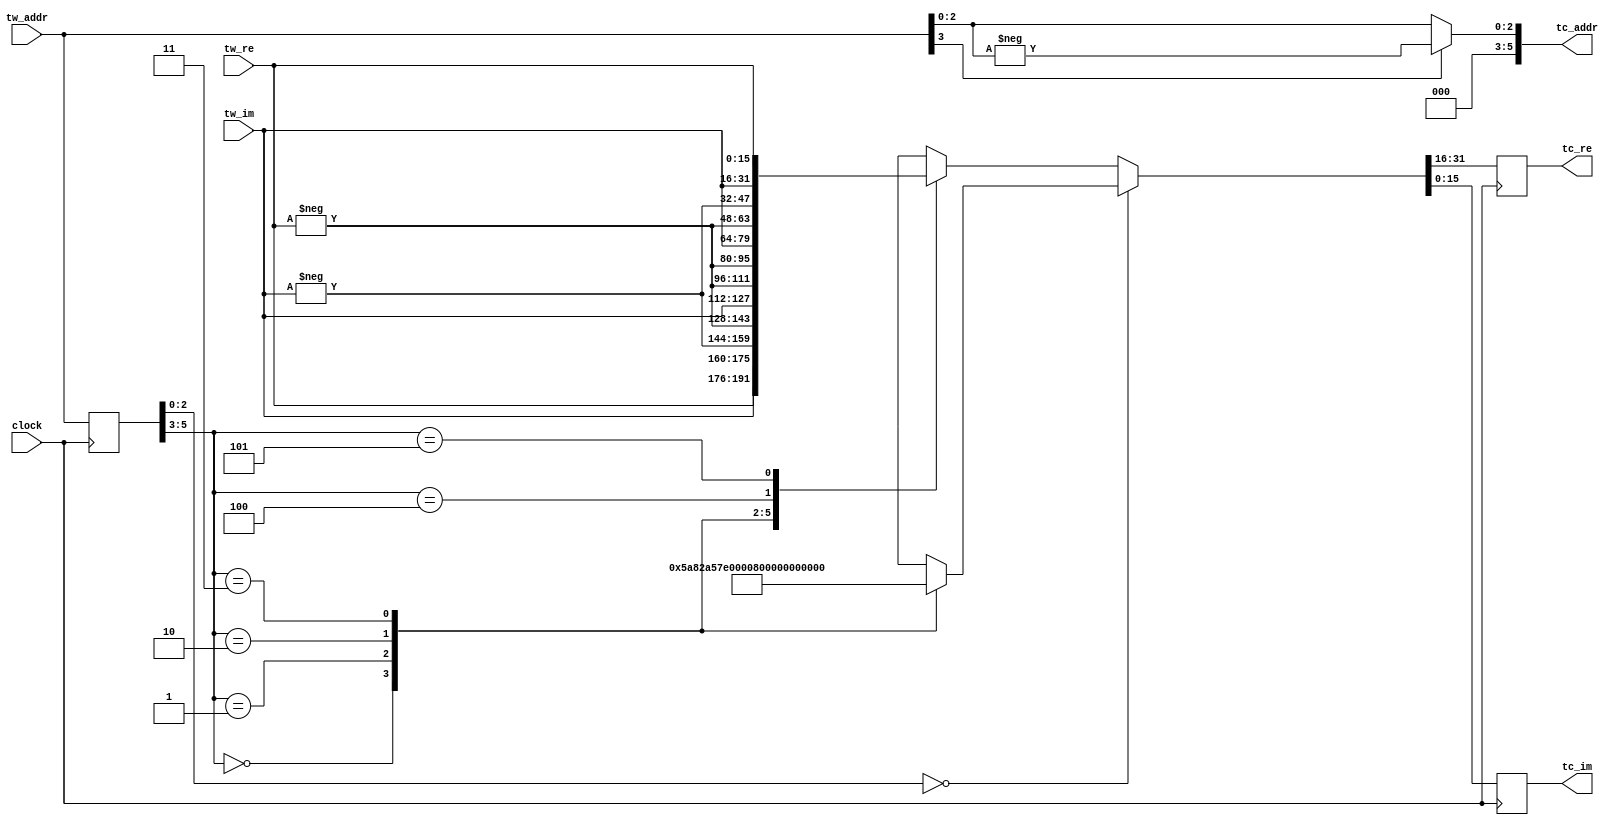
//----------------------------------------------------------------------
//  TwiddleConvert8: Convert Twiddle Value to Reduce Table Size to 1/8
//----------------------------------------------------------------------
module TwiddleConvert8 #(
    parameter   LOG_N = 6,      //  Address Bit Length
    parameter   WIDTH = 16,     //  Data Bit Length
    parameter   TW_FF = 1,      //  Use Twiddle Output Register
    parameter   TC_FF = 1       //  Use Output Register
)(
    input               clock,      //  Master Clock
    input   [LOG_N-1:0] tw_addr,    //  Twiddle Number
    input   [WIDTH-1:0] tw_re,      //  Twiddle Value (Real)
    input   [WIDTH-1:0] tw_im,      //  Twiddle Value (Imag)
    output  [LOG_N-1:0] tc_addr,    //  Converted Twiddle Number
    output  [WIDTH-1:0] tc_re,      //  Converted Twiddle Value (Real)
    output  [WIDTH-1:0] tc_im       //  Converted Twiddle Value (Imag)
);

//  Define Constants
localparam[WIDTH-1:0] COSMQ = (((32'h5A82799A<<1) >> (32-WIDTH)) + 1)>>1; // cos(-pi/4)
localparam[WIDTH-1:0] SINMH = 32'h80000000 >> (32-WIDTH); // sin(-pi/2)

//  Internal Nets
reg [LOG_N-1:0] ff_addr;
wire[LOG_N-1:0] sel_addr;
reg [WIDTH-1:0] mx_re;
reg [WIDTH-1:0] mx_im;
reg [WIDTH-1:0] ff_re;
reg [WIDTH-1:0] ff_im;

//  Convert Twiddle Number
assign  tc_addr[LOG_N-1:LOG_N-3] = 3'd0;
assign  tc_addr[LOG_N-4:0] = tw_addr[LOG_N-3] ? -tw_addr[LOG_N-4:0] : tw_addr[LOG_N-4:0];

//  Convert Twiddle Value
always @(posedge clock) begin
    ff_addr <= tw_addr;
end
assign  sel_addr = TW_FF ? ff_addr : tw_addr;

always @* begin
    if (sel_addr[LOG_N-4:0] == {LOG_N-3{1'b0}}) begin
        case (sel_addr[LOG_N-1:LOG_N-3])
        3'd0    : {mx_re, mx_im} <= {{WIDTH{1'b0}}, {WIDTH{1'b0}}};
        3'd1    : {mx_re, mx_im} <= { COSMQ       , -COSMQ       };
        3'd2    : {mx_re, mx_im} <= {{WIDTH{1'b0}},  SINMH       };
        3'd3    : {mx_re, mx_im} <= {-COSMQ       , -COSMQ       };
        default : {mx_re, mx_im} <= {{WIDTH{1'bx}}, {WIDTH{1'bx}}};
        endcase
    end else begin
        case (sel_addr[LOG_N-1:LOG_N-3])
        3'd0    : {mx_re, mx_im} <= { tw_re,  tw_im};
        3'd1    : {mx_re, mx_im} <= {-tw_im, -tw_re};
        3'd2    : {mx_re, mx_im} <= { tw_im, -tw_re};
        3'd3    : {mx_re, mx_im} <= {-tw_re,  tw_im};
        3'd4    : {mx_re, mx_im} <= {-tw_re, -tw_im};
        3'd5    : {mx_re, mx_im} <= { tw_im,  tw_re};
        default : {mx_re, mx_im} <= {{WIDTH{1'bx}}, {WIDTH{1'bx}}};
        endcase
    end
end
always @(posedge clock) begin
    ff_re <= mx_re;
    ff_im <= mx_im;
end

assign  tc_re = TC_FF ? ff_re : mx_re;
assign  tc_im = TC_FF ? ff_im : mx_im;

endmodule